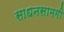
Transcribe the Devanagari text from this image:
साधनसामगी